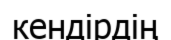
кендірдің